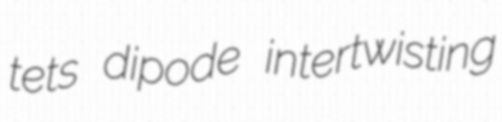
tets dipode intertwisting